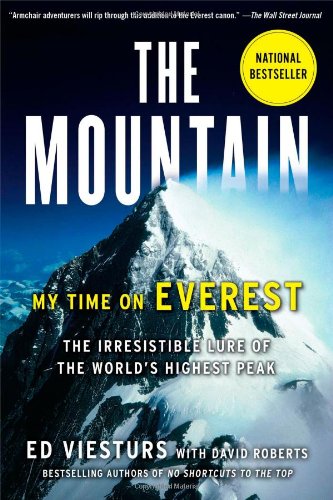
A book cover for The Mountain: My Time on Everest; Ed Viesturs; Biographies & Memoirs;